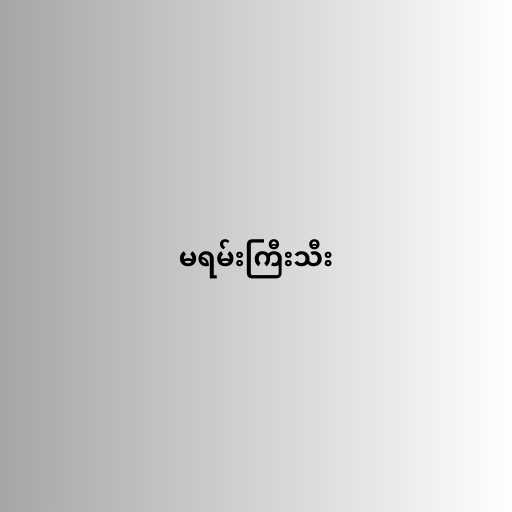
မရမ်းကြီးသီး